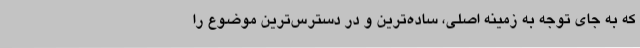
که به‌ جای توجه به زمینه اصلی، ساده‌ترین و در دسترس‌ترین موضوع را